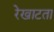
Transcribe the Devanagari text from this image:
रेखाटता